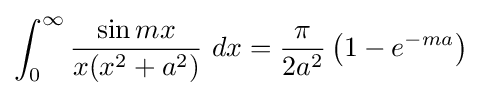
\int _{0}^{\infty }{\frac {\sin mx}{x(x^{2}+a^{2})}}\ dx={\frac {\pi }{2a^{2}}}\left(1-e^{-ma}\right)